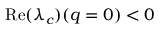
\mathrm { R e } ( \lambda _ { c } ) ( q = 0 ) < 0